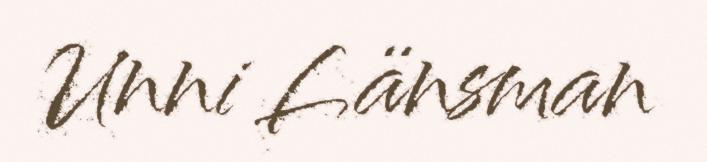
Unni Länsman